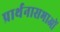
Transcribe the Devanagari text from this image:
प्रार्थनासभाओं